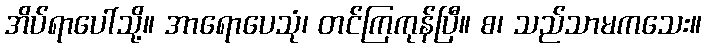
အိပ်ရာပေါ်သို့။ အာရောပေသုံ၊ တင်ကြကုန်ပြီ။ စ၊ သည်သာမကသေး။